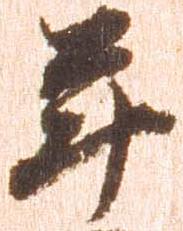
年